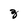
Character: 3